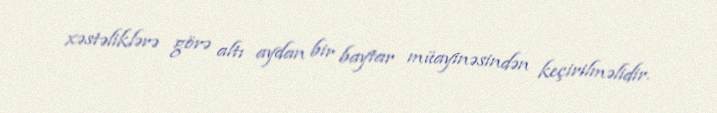
xəstəliklərə görə altı aydan bir baytar müayinəsindən keçirilməlidir.